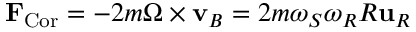
\mathbf { F } _ { \mathrm { C o r } } = - 2 m { \boldsymbol { \Omega } } \times \mathbf { v } _ { B } = 2 m \omega _ { S } \omega _ { R } R \mathbf { u } _ { R }